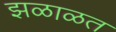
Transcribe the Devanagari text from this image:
झळाळत